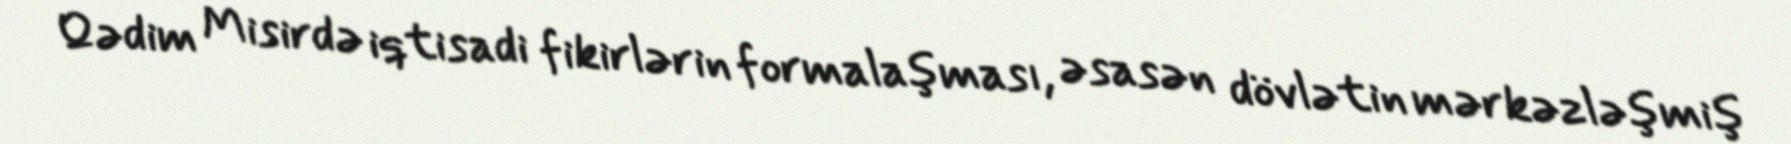
Qədim Misirdə iqtisadi fikirlərin formalaşması, əsasən dövlətin mərkəzləşmiş